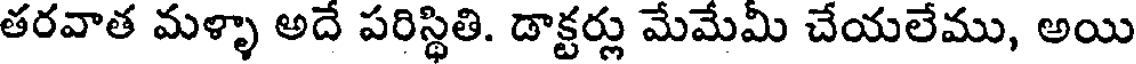
తరవాత మళ్ళా అదే పరిస్థితి. డాక్టర్లు మేమేమీ చేయలేము, అయి